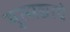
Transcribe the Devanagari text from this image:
मुत्सद्याचे